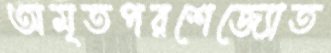
অমৃতপরশেজ্যোত